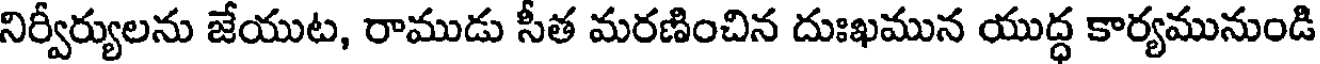
నిర్వీర్యులను జేయుట, రాముడు సీత మరణించిన దుఃఖమున యుద్ధ కార్యమునుండి